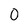
Character: O